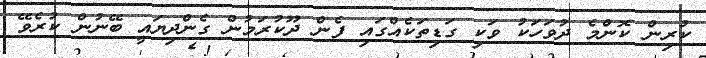
ކުރިން ކޮންމެ ދުވަހަކު ވަކި ގަޑިތަކެއްގައި ފެން ދޫކުރަމުން ގެންދިޔައީ ބޭނުން ކުރެވޭ